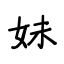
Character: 妹